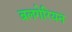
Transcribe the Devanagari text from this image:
बलगेरियन